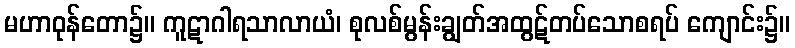
မဟာဝုန်တော၌။ ကူဋာဂါရသာလာယံ၊ စုလစ်မွန်းချွတ်အထွဋ်တပ်သောစရပ် ကျောင်း၌။